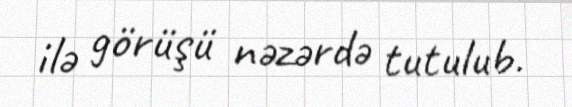
ilə görüşü nəzərdə tutulub.